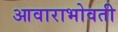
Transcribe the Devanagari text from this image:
आवाराभोवती